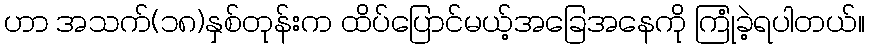
ဟာ အသက်(၁၈)နှစ်တုန်းက ထိပ်ပြောင်မယ့်အခြေအနေကို ကြုံခဲ့ရပါတယ်။